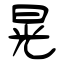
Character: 晃